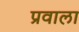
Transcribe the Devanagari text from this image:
प्रवाला